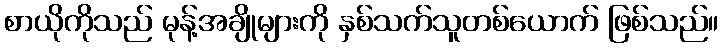
စာယိုကိုသည် မုန့်အချိုများကို နှစ်သက်သူတစ်ယောက် ဖြစ်သည်။